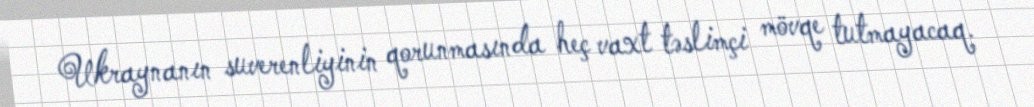
Ukraynanın suverenliyinin qorunmasında heç vaxt təslimçi mövqe tutmayacaq.